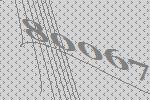
80067